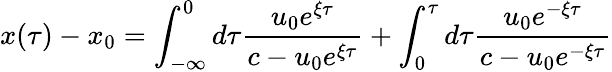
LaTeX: x(\tau)-x_{0}=\int_{-\infty}^{0}d\tau\frac{u_{0}e^{\xi\tau}}{c-u_{0}e^{\xi\tau}}+\int_{0}^{\tau}d\tau\frac{u_{0}e^{-\xi\tau}}{c-u_{0}e^{-\xi\tau}}